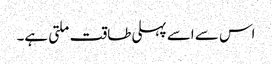
اس سے اسے پہلی طاقت ملتی ہے۔